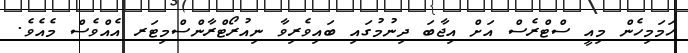
ހަމަމިހެން މިއީ ސްޓްރެސް އަށް އިޖާބަ ދިނުމުގައި ބައިވެރިވާ ނިއުރޯޓްރާންސްމިޓަރ އެއްވެސް މެއެވެ.